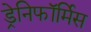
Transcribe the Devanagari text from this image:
ड्रेनिफॉर्मिस